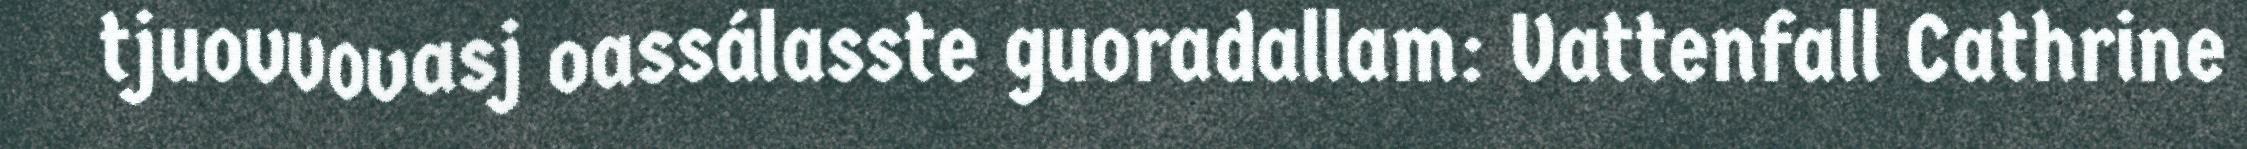
tjuovvovasj oassálasste guoradallam: Vattenfall Cathrine